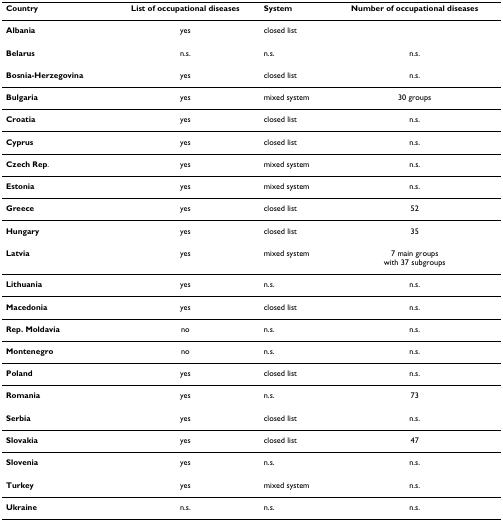
<table><thead><tr><td><b>Country</b></td><td><b>List of occupational diseases</b></td><td><b>System</b></td><td><b>Number of occupational diseases</b></td></tr></thead><tbody><tr><td><b>Albania</b></td><td>yes</td><td>closed list</td><td>[EMPTY_CELL]</td></tr><tr><td><b>Belarus</b></td><td>n.s.</td><td>n.s.</td><td>n.s.</td></tr><tr><td><b>Bosnia-Herzegovina</b></td><td>yes</td><td>closed list</td><td>n.s.</td></tr><tr><td><b>Bulgaria</b></td><td>yes</td><td>mixed system</td><td>30 groups</td></tr><tr><td><b>Croatia</b></td><td>yes</td><td>closed list</td><td>n.s.</td></tr><tr><td><b>Cyprus</b></td><td>yes</td><td>closed list</td><td>n.s.</td></tr><tr><td><b>Czech Rep</b>.</td><td>yes</td><td>mixed system</td><td>n.s.</td></tr><tr><td><b>Estonia</b></td><td>yes</td><td>mixed system</td><td>n.s.</td></tr><tr><td><b>Greece</b></td><td>yes</td><td>closed list</td><td>52</td></tr><tr><td><b>Hungary</b></td><td>yes</td><td>closed list</td><td>35</td></tr><tr><td><b>Latvia</b></td><td>yes</td><td>mixed system</td><td>7 main groupswith 37 subgroups</td></tr><tr><td><b>Lithuania</b></td><td>yes</td><td>n.s.</td><td>n.s.</td></tr><tr><td><b>Macedonia</b></td><td>yes</td><td>closed list</td><td>n.s.</td></tr><tr><td><b>Rep. Moldavia</b></td><td>no</td><td>n.s.</td><td>n.s.</td></tr><tr><td><b>Montenegro</b></td><td>no</td><td>n.s.</td><td>n.s.</td></tr><tr><td><b>Poland</b></td><td>yes</td><td>closed list</td><td>n.s.</td></tr><tr><td><b>Romania</b></td><td>yes</td><td>n.s.</td><td>73</td></tr><tr><td><b>Serbia</b></td><td>yes</td><td>closed list</td><td>n.s.</td></tr><tr><td><b>Slovakia</b></td><td>yes</td><td>closed list</td><td>47</td></tr><tr><td><b>Slovenia</b></td><td>yes</td><td>n.s.</td><td>n.s.</td></tr><tr><td><b>Turkey</b></td><td>yes</td><td>mixed system</td><td>n.s.</td></tr><tr><td><b>Ukraine</b></td><td>n.s.</td><td>n.s.</td><td>n.s.</td></tr></tbody></table>